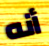
أنه